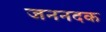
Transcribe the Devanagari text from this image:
जननदक